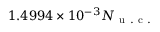
1 . 4 9 9 4 \times 1 0 ^ { - 3 } N _ { \mathrm { ~ u ~ . ~ c ~ . ~ } }